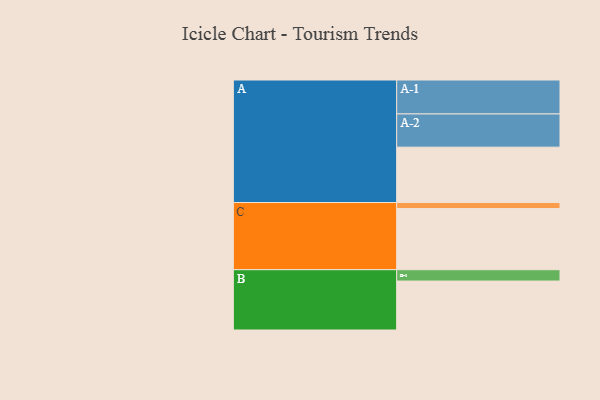
{"axis": {"x": "Segment", "y": "Value"}, "legend": ["", "A", "B", "C"], "data": [{"x": "A", "y": 468, "type": ""}, {"x": "B", "y": 414, "type": ""}, {"x": "C", "y": 517, "type": ""}, {"x": "A-1", "y": 287, "type": "A"}, {"x": "A-2", "y": 281, "type": "A"}, {"x": "B-1", "y": 96, "type": "B"}, {"x": "C-1", "y": 51, "type": "C"}]}